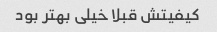
کیفیتش قبلا خیلی بهتر بود